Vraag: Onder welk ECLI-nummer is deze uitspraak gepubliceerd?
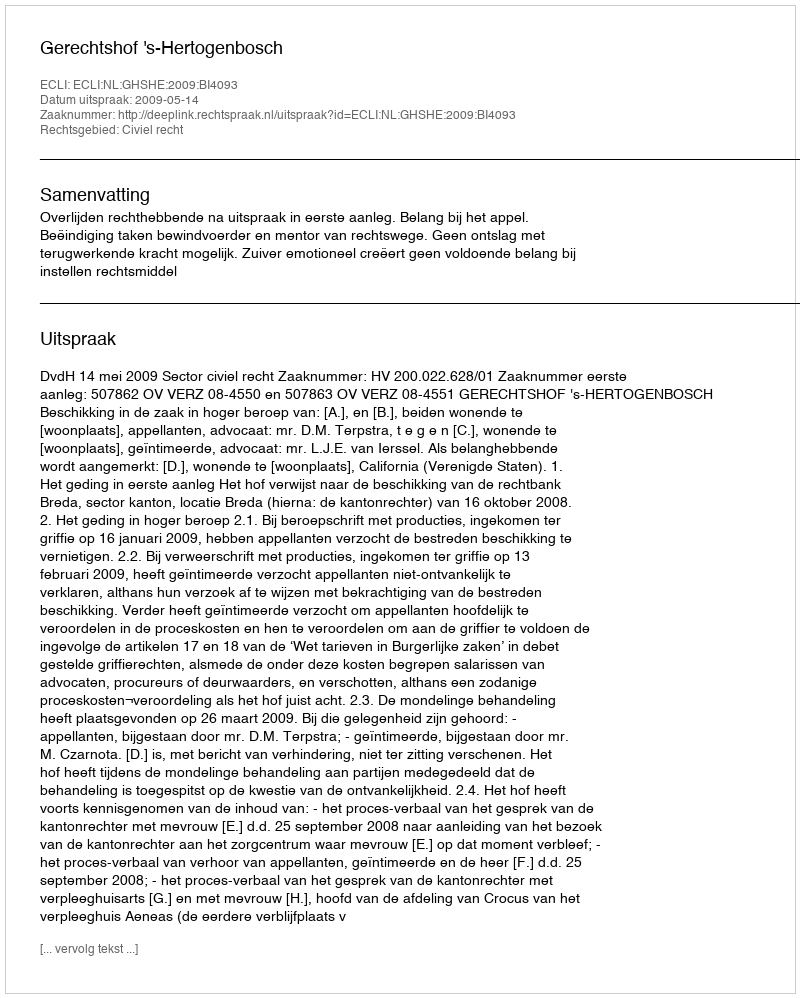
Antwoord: ECLI:NL:GHSHE:2009:BI4093